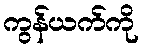
ကွန်ယက်ကို